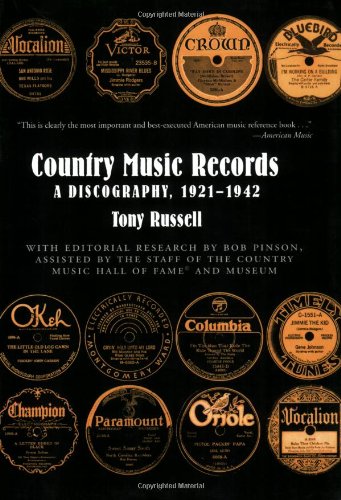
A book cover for Country Music Records: A Discography, 1921-1942; Tony Russell; Crafts, Hobbies & Home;